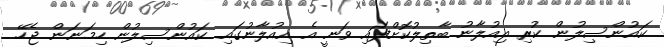
ކައުންސިލުން ކުރި އިއުލާނު ބާތިލުކޮށްފައި ވަނީ އެ އިއުލާނުގައި ކައުންސިލުން ހިމަނަން ޖެހޭ